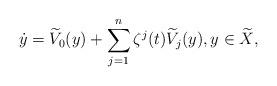
LaTeX: \begin{align*} \dot y=\widetilde V_0(y)+\sum_{j=1}^n\zeta^j(t)\widetilde V_j(y), y\in\widetilde X,\end{align*}